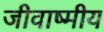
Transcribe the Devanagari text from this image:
जीवाष्मीय